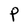
Character: P